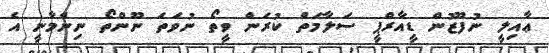
ޢާއިލީ ނުފޫޒުން ޑީއާރްޕީ ސަލާމަތް ކުރަން ވީތޯ ނުވަތަ ނޫންތޯ ނިންމާނީ އެ